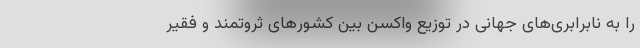
را به نابرابری‌های جهانی در توزیع واکسن بین کشورهای ثروتمند و فقیر